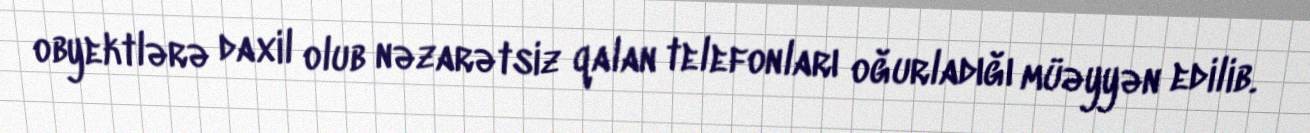
obyektlərə daxil olub nəzarətsiz qalan telefonları oğurladığı müəyyən edilib.